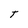
Character: T